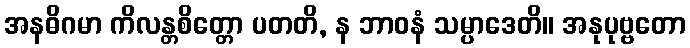
အနဓိဂမာ ကိလန္တစိတ္တော ပတတိ, န ဘာဝနံ သမ္ပာဒေတိ။ အနုပုဗ္ဗတော